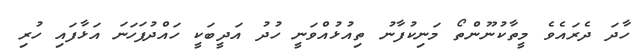
ހާދަ ދެރައެވެ މީތާކުނޫންތޯ މަނިކުފާނު ތިއުޅުއްވަނީ ހުދު އަދީބަކީ ހައްދުފަހަނަ އަޅާފައި ހުރި